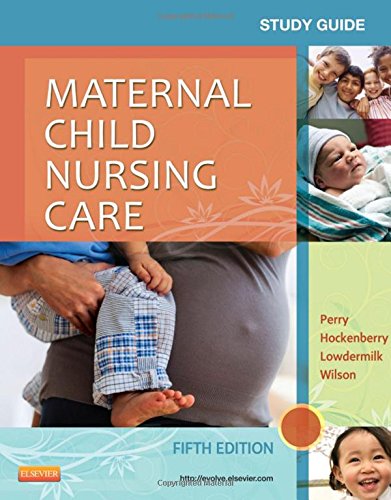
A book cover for Study Guide for Maternal Child Nursing Care, 5e; Shannon E. Perry RN  PhD  FAAN; Medical Books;